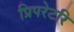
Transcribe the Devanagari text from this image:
प्रिपरेटरि